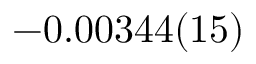
- 0 . 0 0 3 4 4 ( 1 5 )